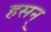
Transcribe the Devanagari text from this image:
हसन्